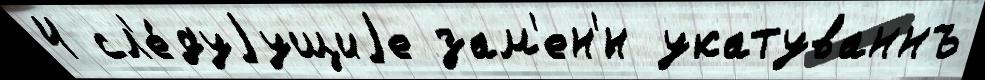
4 сл'е́дуjущиjе зам'ен'́н укатуваннъ